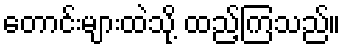
တောင်းများထဲသို့ ထည့်ကြသည်။